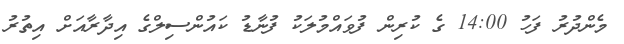
މެންދުރު ފަހު 14:00 ގެ ކުރިން ފުވައްމުލަކު ފުނާޑު ކައުންސިލްގެ އިދާރާއަށް އިތުރު